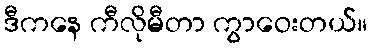
ဒီကနေ ကီလိုမီတာ ကွာဝေးတယ်။